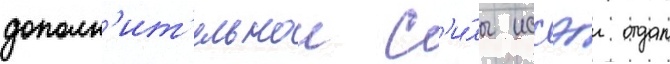
дополн'ит'ельнои с'и́лы иссэи отдал